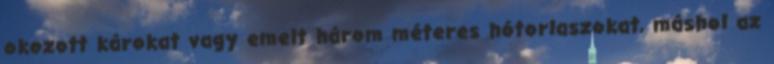
okozott károkat vagy emelt három méteres hótorlaszokat, máshol az